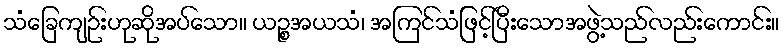
သံခြေကျဉ်းဟုဆိုအပ်သော။ ယဉ္စအယသံ၊ အကြင်သံဖြင့်ပြီးသောအဖွဲ့သည်လည်းကောင်း။